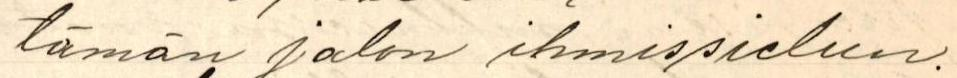
tämän jalon ihmissielun